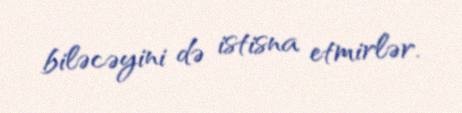
biləcəyini də istisna etmirlər.